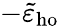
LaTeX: -\tilde{\varepsilon}_{\mathrm{ho}}